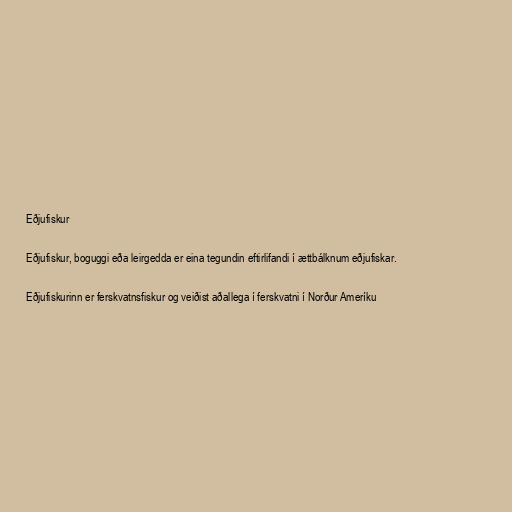
Eðjufiskur

Eðjufiskur, boguggi eða leirgedda er eina tegundin eftirlifandi í ættbálknum eðjufiskar.

Eðjufiskurinn er ferskvatnsfiskur og veiðist aðallega í ferskvatni í Norður Ameríku